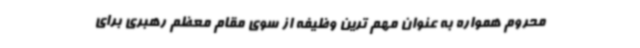
محروم همواره به عنوان مهم ترین وظیفه از سوی مقام معظم رهبری برای